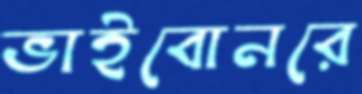
ভাইবোনরে